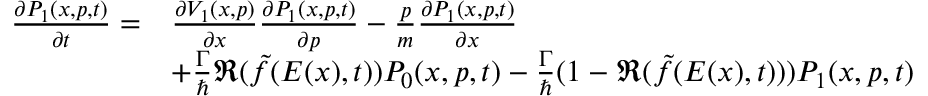
\begin{array} { r l } { \frac { \partial P _ { 1 } ( x , p , t ) } { \partial t } = } & { \frac { \partial V _ { 1 } ( x , p ) } { \partial x } \frac { \partial P _ { 1 } ( x , p , t ) } { \partial p } - \frac { p } { m } \frac { \partial P _ { 1 } ( x , p , t ) } { \partial x } } \\ & { + \frac { \Gamma } { \hbar } \Re ( \tilde { f } ( E ( x ) , t ) ) P _ { 0 } ( x , p , t ) - \frac { \Gamma } { \hbar } ( 1 - \Re ( \tilde { f } ( E ( x ) , t ) ) ) P _ { 1 } ( x , p , t ) } \end{array}